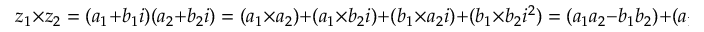
z _ { 1 } \times z _ { 2 } = ( a _ { 1 } + b _ { 1 } i ) ( a _ { 2 } + b _ { 2 } i ) = ( a _ { 1 } \times a _ { 2 } ) + ( a _ { 1 } \times b _ { 2 } i ) + ( b _ { 1 } \times a _ { 2 } i ) + ( b _ { 1 } \times b _ { 2 } i ^ { 2 } ) = ( a _ { 1 } a _ { 2 } - b _ { 1 } b _ { 2 } ) + ( a _ { 1 } b _ { 2 } + b _ { 1 } a _ { 2 } ) i .